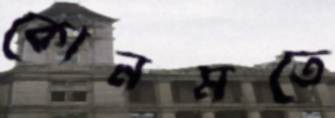
কোনমতে